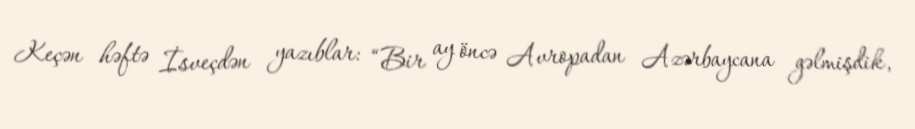
Keçən həftə İsveçdən yazıblar: “Bir ay öncə Avropadan Azərbaycana gəlmişdik,